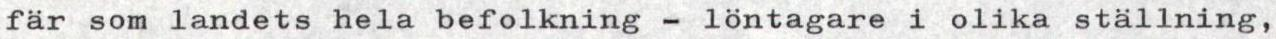
fär som landets hela befolkning - löntagare i olika ställning,